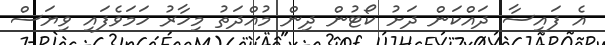
އެ ފައިސާ ދައްކަން ދަށު ކޯޓުން ދިން މުއްދަތު މިހާރު ހަމަވެފައި ވިޔަސް